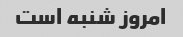
امروز شنبه است